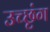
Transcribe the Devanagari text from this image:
उच्छृंग